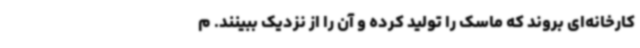
کارخانه‌ای بروند که ماسک را تولید کرده و آن را از نزدیک ببینند. م